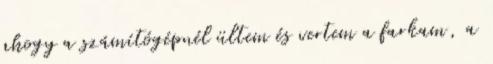
ahogy a számítógépnél ültem és vertem a farkam, a